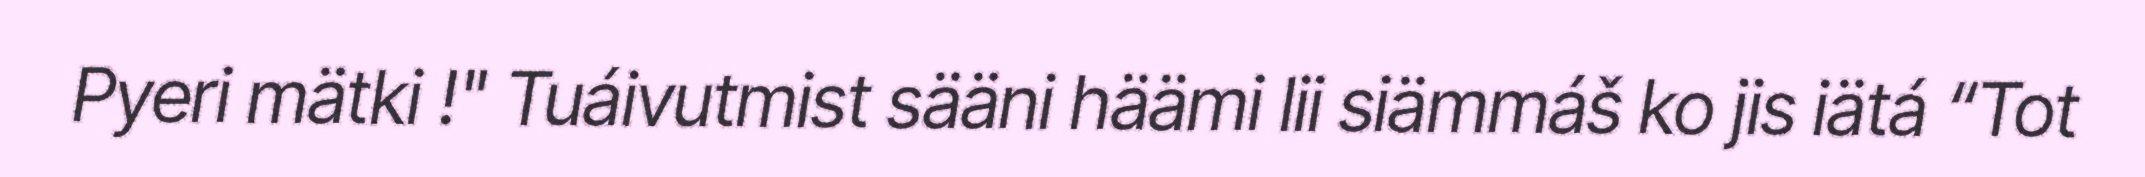
Pyeri mätki !" Tuáivutmist sääni häämi lii siämmáš ko jis iätá “Tot